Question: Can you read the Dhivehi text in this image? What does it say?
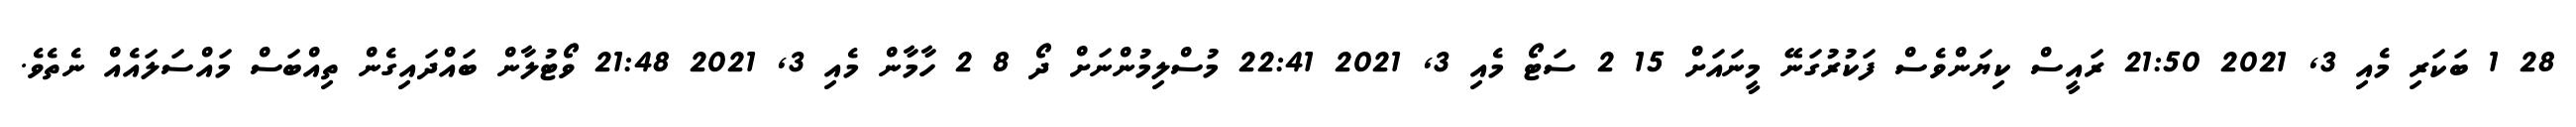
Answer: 28 1 ބަކަރި މެއި 3, 2021 21:50 ރައީސް ކިޔަންވެސް ފަކުރުގަނޭ މީނައަށް 15 2 ސަޓޯ މެއި 3, 2021 22:41 މުސްލިމުންނަށް ދޯ 8 2 ހާމާން މެއި 3, 2021 21:48 ވޯޓުލާން ބައްދައިގެން ތިއްބަސް މައްސަލައެއް ނެތެވެ.